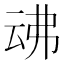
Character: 𠄴